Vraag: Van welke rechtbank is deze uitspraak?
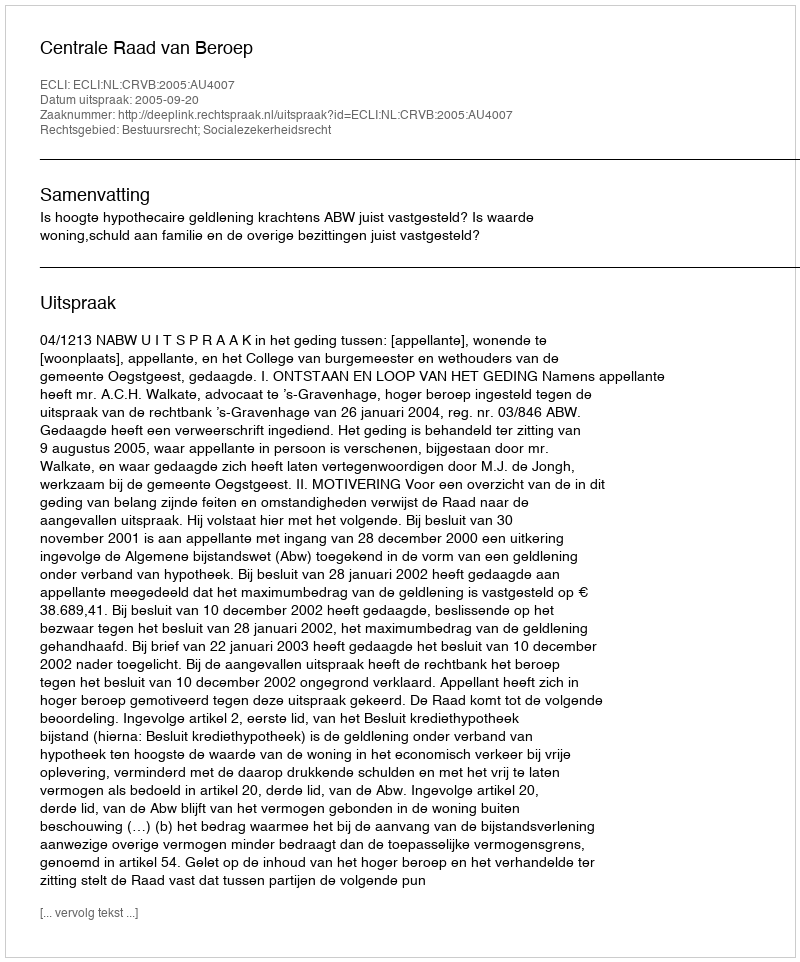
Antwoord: Centrale Raad van Beroep